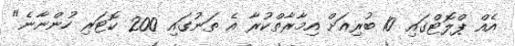
އެއް ޕްލޮޓްގައި 10 ބުރިއަށް އިމާރާތްކުރާ އެ ތަނުގައި 200 ކޮޓަރި ހުންނާނެ"